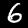
Digit: 6